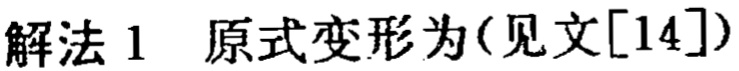
解法1 原式变形为(见文[14])